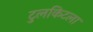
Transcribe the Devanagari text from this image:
टुलकिटला